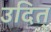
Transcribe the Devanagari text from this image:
उदित्